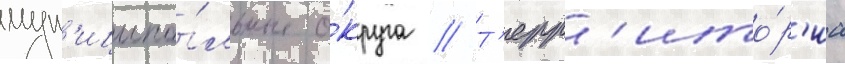
мун'иципа́льные о́круга // Т'ерр'ито́р'иа